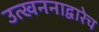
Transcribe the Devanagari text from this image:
उत्खननाद्वारेच